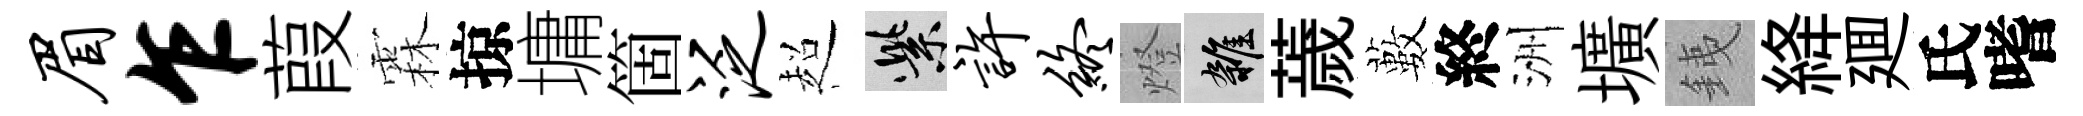
眉乍葭霖掠墉箇泛超紫许终燈雜薉藪終洲壙銕絳廽氏嗜